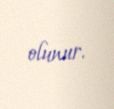
olunur.